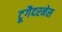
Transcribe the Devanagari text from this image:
टूगैदरनेस